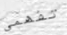
تفهمى